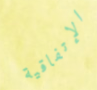
الإتفاقية